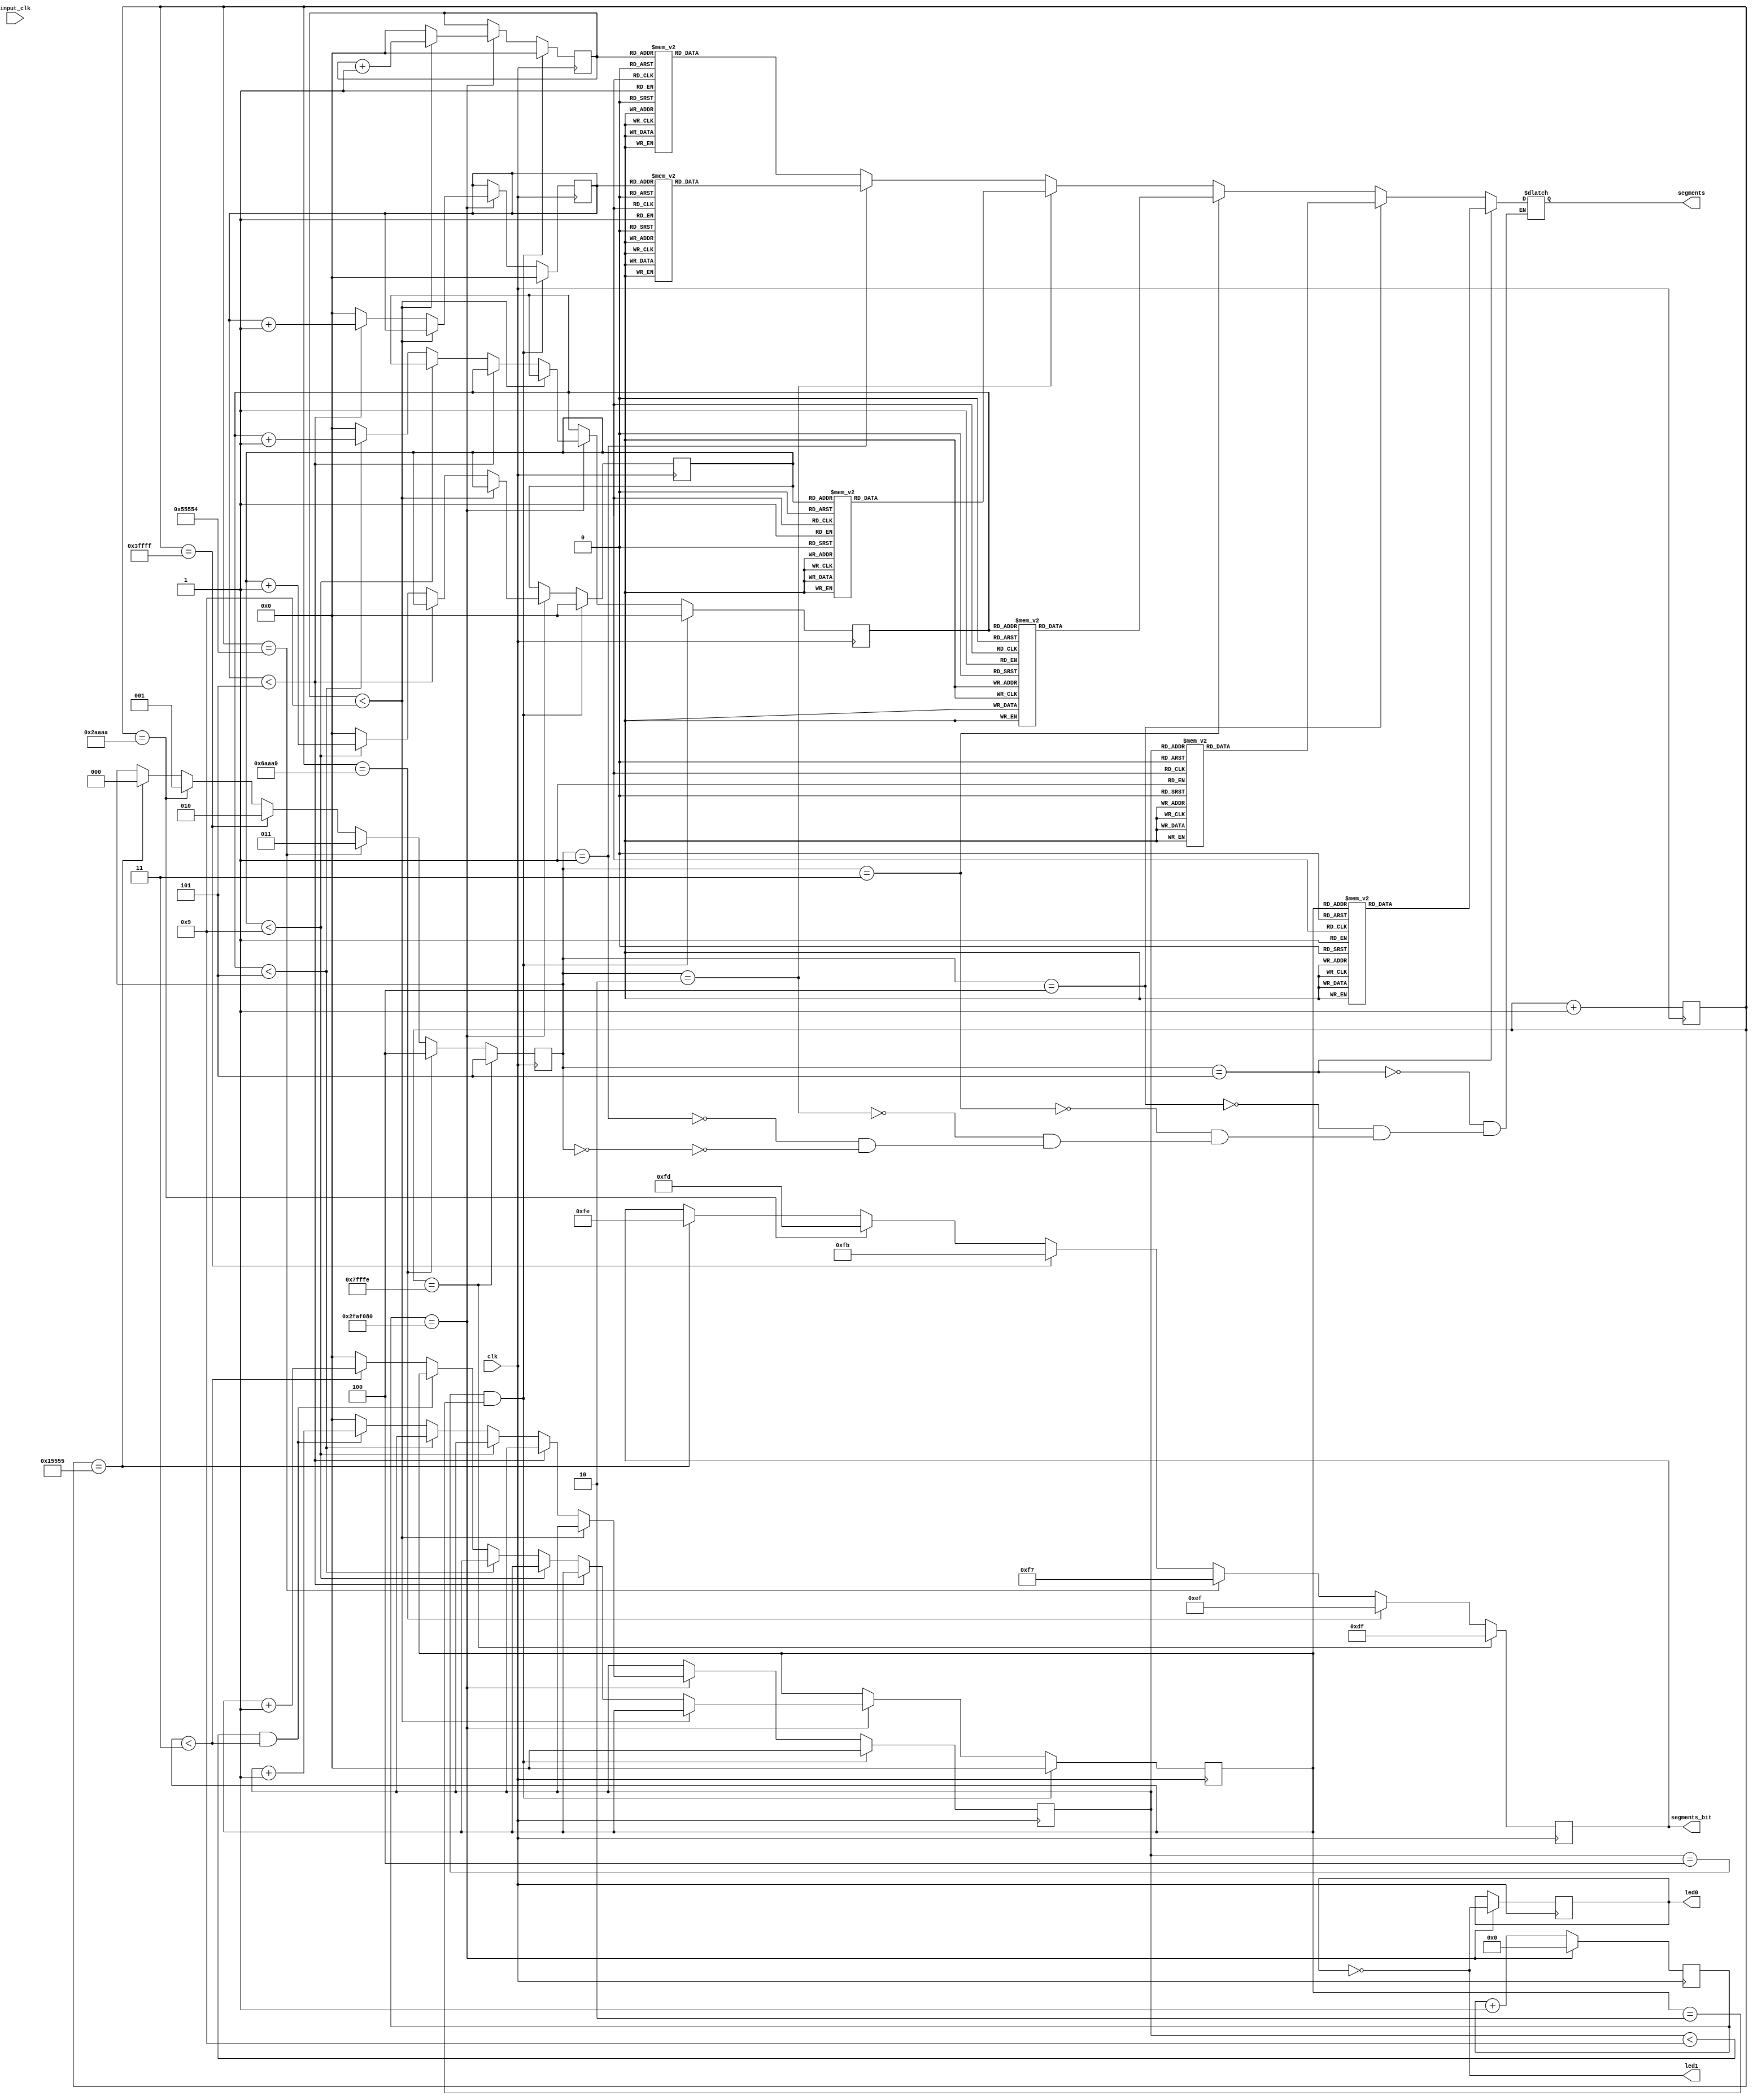
module zadanie(clk, led0, led1, input_clk, segments, segments_bit);

	input wire clk, input_clk; //clk -  , input_clk -     
	output wire led0, led1; //2 
	output reg [7:0]segments; //   
	output reg [7:0]segments_bit; //  8-  ( )
	reg led; //  
	reg [2:0]discharge_flag; //    (   counter_tic_max)
	reg [3:0]code; // 0 (( 0  9))
	reg [3:0]code1; // 1 ( ( 0  5))
	reg [3:0]code2; // 2 (( 0  9))
	reg [3:0]code3; // 3 ( ( 0  5))
	reg [3:0]code4; // 4 (( 0  9( 4  20 )))
	reg [3:0]code5; // 5 ( ( 0  2))
	
	initial segments <= 8'b11111111;
	initial segments_bit <= 8'b11111111;
	initial led <= 1'b0;
	initial code <= 4'd0;
	initial code1 <= 4'd0;
	initial code2 <= 4'd0;
	initial code3 <= 4'd0;
	initial code4 <= 4'd0;
	initial code5 <= 4'd0;
	initial discharge_flag <= 3'd0;
	
	reg [25:0] counter; //  
	reg [18:0] counter_tic; //     
	reg [26:0] counter_input_clk; //     
	reg [26:0] input_frequency; //  
	reg [26:0] counter_seconds; // 
	initial counter <= 26'd0;
	initial counter_seconds <= 26'd0;
	initial counter_input_clk <= 27'd0;
	initial input_frequency <= 27'd0;

	always @(posedge input_clk) //    
		begin
			counter_input_clk <= counter_input_clk + 1'b1;
		end
	
	always @(posedge clk)
	begin
	
		if(counter_tic == 17'd87381) begin //     95 (50  / 87381  / 6)
			segments_bit <= 8'b11111110;
			discharge_flag = 3'b000; //   
		end
		if(counter_tic == 18'd174762) begin
			segments_bit <= 8'b11111101;
			discharge_flag = 3'b001; //   
		end
		if(counter_tic == 18'd262143) begin
			segments_bit <= 8'b11111011;
			discharge_flag = 3'b010;
		end
		if(counter_tic == 19'd349524) begin
			segments_bit <= 8'b11110111;
			discharge_flag = 3'b011;
		end
		if(counter_tic == 19'd436905) begin
			segments_bit <= 8'b11101111;
			discharge_flag = 3'b100;
		end
		if(counter_tic == 19'd524286) begin
			segments_bit <= 8'b11011111;
			discharge_flag = 3'b101;
			counter_tic <= 19'd0; //   
		end
		counter_tic <= counter_tic + 1'b1; //   
		
		if(counter == 26'd50000000) //    1 
		begin
			input_frequency <= counter_input_clk; //  
			counter_input_clk <= 0; //   
			counter <= 26'd0; //   (  1 )
			counter_seconds <= counter_seconds + 1'b1; //  
			led <= ~led; //      ,  
			if(code < 4'd9) // 
				code <= code + 1'b1;
			else begin
				code <= 1'b0; // ,    9
				if(code1 < 4'd5) //  
					code1 <= code1 + 1'b1;
				else begin
					code1 <= 1'b0; //  ,    5
					if(code2 < 4'd9)
						code2 <= code2 + 1'b1;
					else begin
						code2 <= 1'b0;
						if(code3 < 4'd5)
							code3 <= code3 + 1'b1;
						else begin
							code3 <= 1'b0;
							if((code4 < 4'd9) && (code5 < 4'd3))
								code4 <= code4 + 1'b1;
							else begin
								code4 <= 1'b0;
								if(code5 < 4'd3)
									code5 <= code5 + 1'b1;
								else	
									code5 <= 1'b0;
								end
							end
						end
					end
				end
			end	
		else 
			counter <= counter + 1'b1; //   
		if((code4 == 4'd4) && (code5 == 4'd2)) //   24:00:00 -  
		begin	
			code <= 1'b0;
			code1 <= 1'b0;
			code2 <= 1'b0;
			code3 <= 1'b0;
			code4 <= 1'b0;
			code5 <= 1'b0;
		end
	end

	assign led0 = led;
	assign led1 = ~led;
	

	
	/*always @* //
	begin
		case(code)
		4'd0: begin segments = 8'b00000011; segments_bit = 8'b01111111; end
		4'd1: begin segments = 8'b10011111; segments_bit = 8'b10111111; end
		4'd2: begin segments = 8'b00100101; segments_bit = 8'b11011111; end
		4'd3: begin segments = 8'b00001101; segments_bit = 8'b11101111; end
		4'd4: begin segments = 8'b10011001; segments_bit = 8'b11110111; end
		4'd5: begin segments = 8'b01001001; segments_bit = 8'b11111011; end
		4'd6: begin segments = 8'b01000001; segments_bit = 8'b11111101; end
		4'd7: begin segments = 8'b00011111; segments_bit = 8'b11111110; end
		4'd8: begin segments = 8'b00000001; segments_bit = 8'b01111111; end
		4'd9: begin segments = 8'b00001001; segments_bit = 8'b10111111; end
		4'd10: begin segments = 8'b00010001; segments_bit = 8'b11011111; end
		4'd11: begin segments = 8'b11000001; segments_bit = 8'b11101111; end
		4'd12: begin segments = 8'b01100011; segments_bit = 8'b11110111; end
		4'd13: begin segments = 8'b10000101; segments_bit = 8'b11111011; end
		4'd14: begin segments = 8'b00100001; segments_bit = 8'b11111101; end
		4'd15: begin segments = 8'b01110001; segments_bit = 8'b11111110; end
		endcase
	end*/
	
always @*
	begin
		if(discharge_flag == 3'b000) begin //      discharge_flag
		case(code) //    code      
		4'd0: begin segments = 8'b00000011; end // 0
		4'd1: begin segments = 8'b10011111; end // 1
		4'd2: begin segments = 8'b00100101; end // 2
		4'd3: begin segments = 8'b00001101; end
		4'd4: begin segments = 8'b10011001; end
		4'd5: begin segments = 8'b01001001; end
		4'd6: begin segments = 8'b01000001; end
		4'd7: begin segments = 8'b00011111; end
		4'd8: begin segments = 8'b00000001; end
		4'd9: begin segments = 8'b00001001; end
		4'd10: begin segments = 8'b00010001; end // A(   )
		4'd11: begin segments = 8'b11000001; end // b
		4'd12: begin segments = 8'b01100011; end // C
		4'd13: begin segments = 8'b10000101; end // d
		4'd14: begin segments = 8'b00100001; end // e
		4'd15: begin segments = 8'b01110001; end // F
		endcase
		end
		
		if(discharge_flag == 3'b001) begin
		case(code1)
		4'd0: begin segments = 8'b00000011; end
		4'd1: begin segments = 8'b10011111; end
		4'd2: begin segments = 8'b00100101; end
		4'd3: begin segments = 8'b00001101; end
		4'd4: begin segments = 8'b10011001; end
		4'd5: begin segments = 8'b01001001; end
		4'd6: begin segments = 8'b01000001; end
		4'd7: begin segments = 8'b00011111; end
		4'd8: begin segments = 8'b00000001; end
		4'd9: begin segments = 8'b00001001; end
		4'd10: begin segments = 8'b00010001; end
		4'd11: begin segments = 8'b11000001; end
		4'd12: begin segments = 8'b01100011; end
		4'd13: begin segments = 8'b10000101; end
		4'd14: begin segments = 8'b00100001; end
		4'd15: begin segments = 8'b01110001; end
		endcase
		end

		if(discharge_flag == 3'b010) begin
		case(code2)
		4'd0: begin segments = 8'b00000010; end
		4'd1: begin segments = 8'b10011110; end
		4'd2: begin segments = 8'b00100100; end
		4'd3: begin segments = 8'b00001100; end
		4'd4: begin segments = 8'b10011000; end
		4'd5: begin segments = 8'b01001000; end
		4'd6: begin segments = 8'b01000000; end
		4'd7: begin segments = 8'b00011110; end
		4'd8: begin segments = 8'b00000000; end
		4'd9: begin segments = 8'b00001000; end
		4'd10: begin segments = 8'b00010000; end
		4'd11: begin segments = 8'b11000000; end
		4'd12: begin segments = 8'b01100010; end
		4'd13: begin segments = 8'b10000100; end
		4'd14: begin segments = 8'b00100000; end
		4'd15: begin segments = 8'b01110000; end
		endcase
		end
		
		if(discharge_flag == 3'b011) begin
		case(code3)
		4'd0: begin segments = 8'b00000011; end
		4'd1: begin segments = 8'b10011111; end
		4'd2: begin segments = 8'b00100101; end
		4'd3: begin segments = 8'b00001101; end
		4'd4: begin segments = 8'b10011001; end
		4'd5: begin segments = 8'b01001001; end
		4'd6: begin segments = 8'b01000001; end
		4'd7: begin segments = 8'b00011111; end
		4'd8: begin segments = 8'b00000001; end
		4'd9: begin segments = 8'b00001001; end
		4'd10: begin segments = 8'b00010001; end
		4'd11: begin segments = 8'b11000001; end
		4'd12: begin segments = 8'b01100011; end
		4'd13: begin segments = 8'b10000101; end
		4'd14: begin segments = 8'b00100001; end
		4'd15: begin segments = 8'b01110001; end
		endcase
		end
		
		if(discharge_flag == 3'b100) begin
		case(code4)
		4'd0: begin segments = 8'b00000010; end
		4'd1: begin segments = 8'b10011110; end
		4'd2: begin segments = 8'b00100100; end
		4'd3: begin segments = 8'b00001100; end
		4'd4: begin segments = 8'b10011000; end
		4'd5: begin segments = 8'b01001000; end
		4'd6: begin segments = 8'b01000000; end
		4'd7: begin segments = 8'b00011110; end
		4'd8: begin segments = 8'b00000000; end
		4'd9: begin segments = 8'b00001000; end
		4'd10: begin segments = 8'b00010000; end
		4'd11: begin segments = 8'b11000000; end
		4'd12: begin segments = 8'b01100010; end
		4'd13: begin segments = 8'b10000100; end
		4'd14: begin segments = 8'b00100000; end
		4'd15: begin segments = 8'b01110000; end
		endcase
		end
		
		if(discharge_flag == 3'b101) begin
		case(code5)
		4'd0: begin segments = 8'b00000011; end
		4'd1: begin segments = 8'b10011111; end
		4'd2: begin segments = 8'b00100101; end
		4'd3: begin segments = 8'b00001101; end
		4'd4: begin segments = 8'b10011001; end
		4'd5: begin segments = 8'b01001001; end
		4'd6: begin segments = 8'b01000001; end
		4'd7: begin segments = 8'b00011111; end
		4'd8: begin segments = 8'b00000001; end
		4'd9: begin segments = 8'b00001001; end
		4'd10: begin segments = 8'b00010001; end
		4'd11: begin segments = 8'b11000001; end
		4'd12: begin segments = 8'b01100011; end
		4'd13: begin segments = 8'b10000101; end
		4'd14: begin segments = 8'b00100001; end
		4'd15: begin segments = 8'b01110001; end
		endcase
		end

	end
	
	
	endmodule